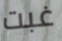
غبت